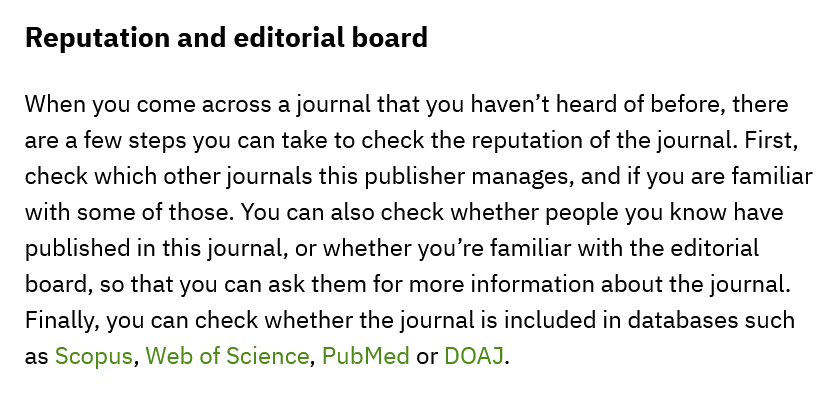
Reputation  and editorial board
   When you come across a journal that you haven’t heard of before, there
   are a few steps you can take to check the reputation of the journal. First,
   check which other journals this publisher manages, and if you are familiar
   with some of those. You can also check whether people you know have
   published in this journal, or whether you’re familiar with the editorial
   board, so that you can ask them for more information about the journal.
   Finally, you can check whether the journal is included in databases such
   as Scopus, Web of Science, PubMed or DOAJ.